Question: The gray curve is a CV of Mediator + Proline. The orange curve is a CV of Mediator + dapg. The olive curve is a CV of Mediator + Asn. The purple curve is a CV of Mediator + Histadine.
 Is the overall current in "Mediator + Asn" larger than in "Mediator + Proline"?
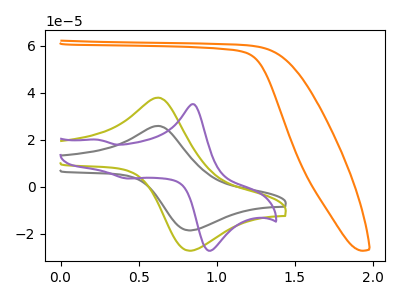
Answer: <think>The gray curve "Mediator + Proline" has an anodic peak at (0.65V, 25.90uA) and a cathodic peak at (0.85V, -18.60uA). The orange curve "Mediator + dapg" has no peaks. The olive curve "Mediator + Asn" has an anodic peak at (0.65V, 37.90uA) and a cathodic peak at (0.85V, -27.20uA). The purple curve "Mediator + Histadine" has anodic peaks at (0.85V, 35.05uA) (0.25V, 20.00uA) and cathodic peaks at (0.95V, -26.80uA) (0.45V, 3.55uA).
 All the peaks in "Mediator + Asn" have a peak in "Mediator + Proline" at the same potential. Every peak in "Mediator + Asn" is higher than every peak in "Mediator + Proline".</think>
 <answer>"Mediator + Asn" has more signal than "Mediator + Proline".</answer>
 <eval>more_signal</eval>